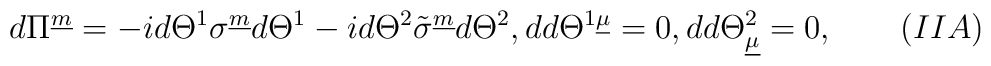
d\Pi^{\underline m}=-id\Theta^1\sigma^{\underline m}d\Theta^1-id\Theta^2\tilde\sigma^{\underline m}d\Theta^2, dd\Theta^{1\underline\mu}=0, dd\Theta^2_{\underline\mu}=0,\qquad(IIA)